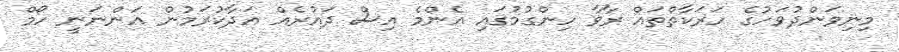
މިނިވަންދުވަހުގެ ހަރަކާތްތައް ރާވާ ހިންގުމުގައި އެންމެ އިސް ދައުރެއް އަދާކުރަމުން އަންނަނީ ހޯމް